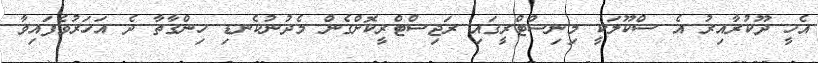
އެހީ ދޫކުރާއިރު އެ ސްކޫލަކީ މިނިސްޓްރީގައި ރަޖިސްޓްރީކޮށްގެން މެދުނުކެނޑި ހިންގާތާ ދެ އަހަރުވެފައިވާ